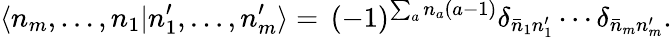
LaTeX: \langle n_{m},\ldots,n_{1}|n_{1}^{\prime},\ldots,n_{m}^{\prime}\rangle=\, (-1)^{\sum_{a}n_{a}(a-1)}\delta_{\bar{n}_{1}n_{1}^{\prime}}\cdots\delta_{\bar{n}_{m}n_{m}^{\prime}}.